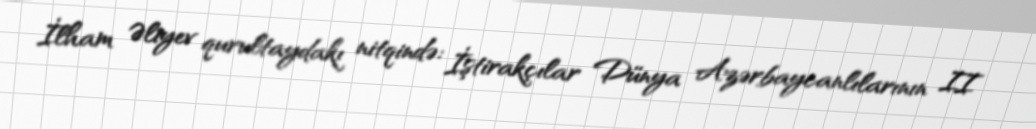
İlham Əliyev qurultaydakı nitqində: İştirakçılar Dünya Azərbaycanlılarının II